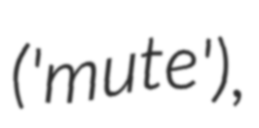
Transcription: ('mute'),